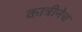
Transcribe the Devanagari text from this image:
कात्रीनेच